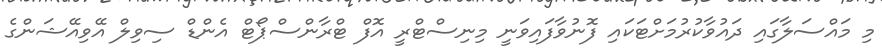
މި މައްސަލާގައި ދައުވާކުރުމަށްޓަކައި ފޮނުވާފައިވަނީ މިނިސްޓްރީ އޮފް ޓްރާންސްޕޯޓް އެންޑް ސިވިލް އޭވިއޭޝަންގެ